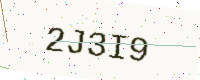
Text: 2J3I9